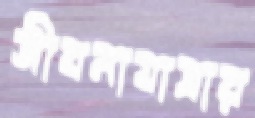
জীবনাযাত্রার